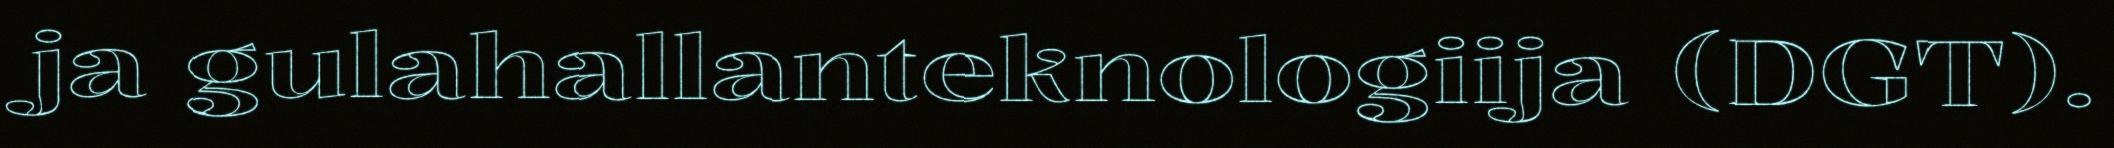
ja gulahallanteknologiija (DGT).